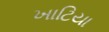
ખાટિયા